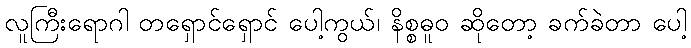
လူကြီးရောဂါ တရှောင်ရှောင် ပေါ့ကွယ်၊ နိစ္စဓူဝ ဆိုတော့ ခက်ခဲတာ ပေါ့